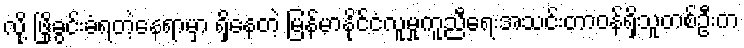
လို့ ဖြိုခွင်းခံရတဲ့နေရာမှာ ရှိနေတဲ့ မြန်မာနိုင်ငံလူမှုကူညီရေးအသင်းတာဝန်ရှိသူတစ်ဦးက